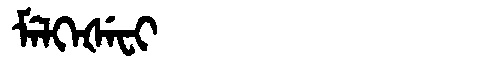
Manchu: ᠮᡝᠯᡴᡝᡧᡝᠸᡳ
Romanization: MELKEŠEFI